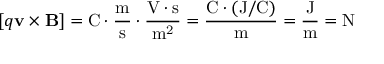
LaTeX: [ q \mathbf { v } \times \mathbf { B } ] = \mathrm { C \cdot { \frac { m } { s } } \cdot { \frac { V \cdot s } { m ^ { 2 } } } } = \mathrm { \frac { C \cdot ( J / C ) } { m } } = \mathrm { { \frac { J } { m } } = N }